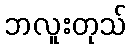
ဘလူးတုသ်